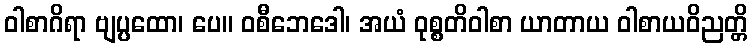
ဝါစာဂိရာ ဗျပ္ပထော၊ ပေ။ ဝစီဘေဒေါ၊ အယံ ဝုစ္စတိဝါစာ ယာတာယ ဝါစာယဝိညတ္တိ